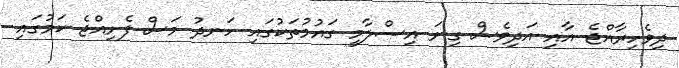
ދިވެހިރާއްޖެ އާއި އަދިވެސް ގިނަ އިސްލާމީ ގައުމުތަކުގައި ހަނދު މަސް ފެށިއްޖެ ކަމުގައި